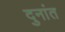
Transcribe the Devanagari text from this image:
दुनांत